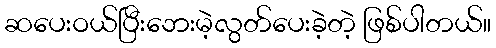
ဆပေးဝယ်ပြီးဘေးမဲ့လွတ်ပေးခဲ့တဲ့ ဖြစ်ပါတယ်။